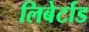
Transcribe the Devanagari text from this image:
लिबेर्टाड